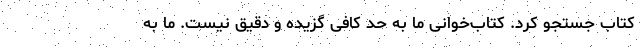
کتاب جستجو کرد. کتاب‌خوانی ما به حد کافی گزیده و دقیق نیست. ما به